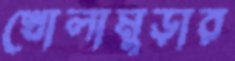
খোলামুড়ার